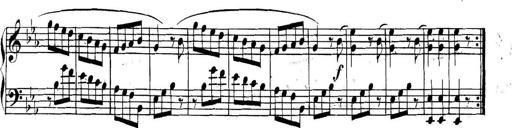
Title: Collected Piano Sonatas
Composer: Muzio Clementi